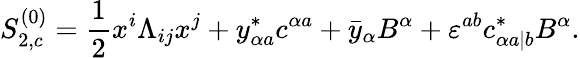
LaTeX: S_{2,c}^{(0)}={\frac{1}{2}}x^{i}\Lambda_{ij}x^{j}+y_{\alpha a}^{*}c^{\alpha a}+\bar{y}_{\alpha}B^{\alpha}+\varepsilon^{ab}c_{\alpha a|b}^{*}B^{\alpha}.